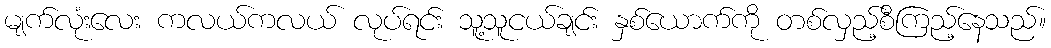
မျက်လုံးလေး ကလယ်ကလယ် လုပ်ရင်း သူ့သူငယ်ချင်း နှစ်ယောက်ကို တစ်လှည့်စီကြည့်နေသည်။